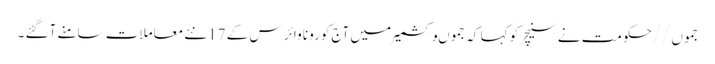
جموں//حکومت نے سنیچر کو کہا کہ جموںوکشمیر میں آج کورونا وائر س کے 17نئے معاملات سامنے آگئے ۔